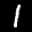
Label: 1